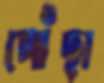
পোঁছা